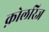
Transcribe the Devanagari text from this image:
क़ोलरिज